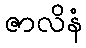
ဇာလိနံ